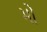
મો